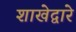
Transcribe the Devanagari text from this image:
शाखेद्वारे